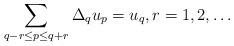
LaTeX: \begin{align*}\sum_{q-r\leq p\leq q+r}\Delta_qu_p=u_q, r=1,2,\dots\end{align*}